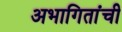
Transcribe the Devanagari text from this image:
अभागितांची